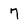
Character: 7